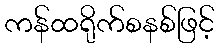
ကန်ထရိုက်စနစ်ဖြင့်